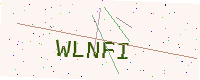
Text: WLNFI